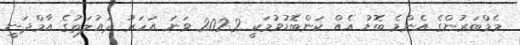
މެމްބަރުންގެ އެންމެ ބޮޑު އެއް ކަންބޮޑުވުމަކީ 2022 ވަނަ އަހަރު ދައުލަތުގެ އާމްދަނީ